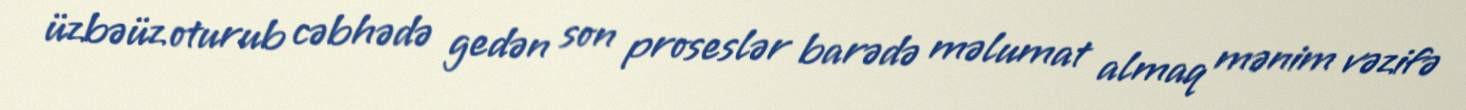
üzbəüz oturub cəbhədə gedən son proseslər barədə məlumat almaq mənim vəzifə